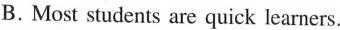
B. Most students are quick learners.